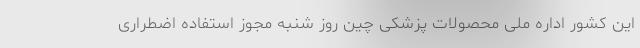
این کشور اداره ملی محصولات پزشکی چین روز شنبه مجوز استفاده اضطراری